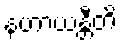
နဟာယန္တီတိ